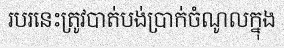
របរនេះត្រូវបាត់បង់ប្រាក់ចំណូលក្នុង